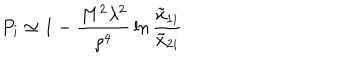
P _ { i } \simeq 1 - { \frac { M ^ { 2 } \lambda ^ { 2 } } { \rho ^ { 4 } } } \ln { \frac { \tilde { x } _ { 1 i } } { \tilde { x } _ { 2 i } } }